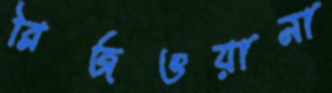
রিজওয়ানা